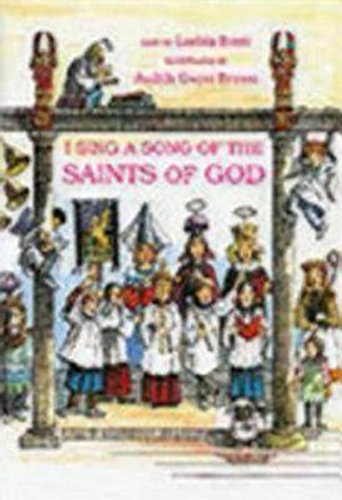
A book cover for I Sing a Song of the Saints of God; Lesbia Scott; Literature & Fiction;